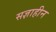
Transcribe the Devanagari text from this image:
सज्ञाहीन